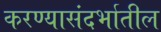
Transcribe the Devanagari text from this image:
करण्यासंदर्भातील